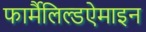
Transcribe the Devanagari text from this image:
फार्मैलिल्डऐमाइन